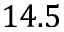
1 4 . 5